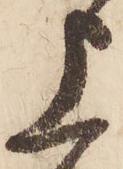
上